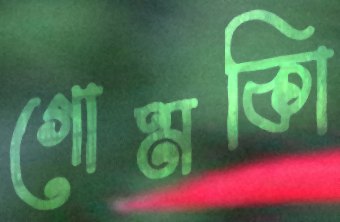
গোমকিা